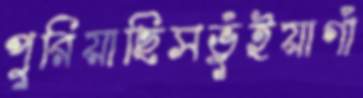
পুরিয়াছিসভুঁইয়াগাঁ